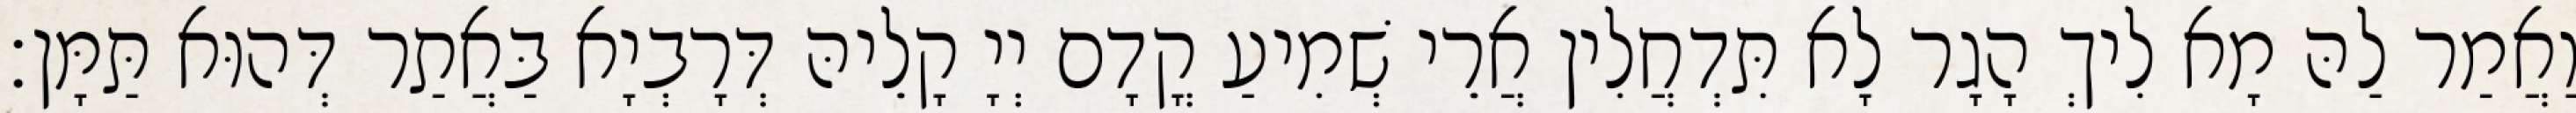
וַאֲמַר לַהּ מָא לִיךְ הָגָר לָא תִּדְחֲלִין אֲרֵי שְׁמִיעַ קֳדָם יְיָ קָלֵיהּ דְּרָבְיָא בַּאֲתַר דְּהוּא תַּמָּן׃